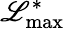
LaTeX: \mathscr{L}_{\mathrm{{max}}}^{\ast}